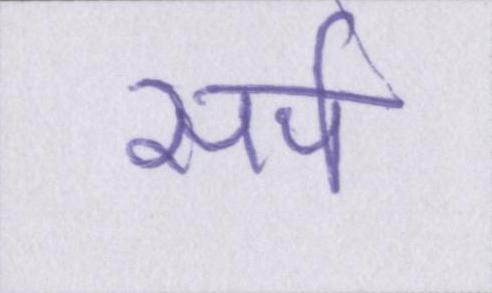
सर्प